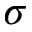
\sigma